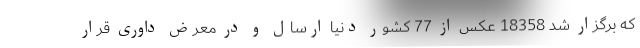
که برگزار شد 18358 عکس از 77 کشور دنیا ارسال و در معرض داوری قرار